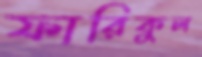
ফারিকুল